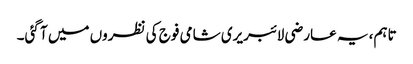
تاہم، یہ عارضی لائبریری شامی فوج کی نظروں میں آ گئی۔